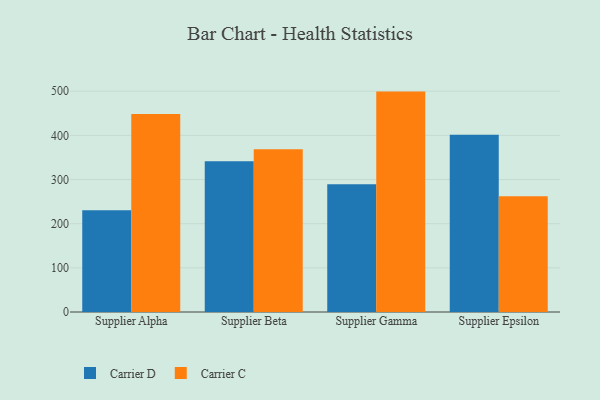
{"axis": {"x": "Supplier", "y": "Demand Index"}, "legend": ["Carrier C", "Carrier D"], "data": [{"x": "Supplier Alpha", "y": 230.4, "type": "Carrier D"}, {"x": "Supplier Alpha", "y": 448.2, "type": "Carrier C"}, {"x": "Supplier Beta", "y": 341.2, "type": "Carrier D"}, {"x": "Supplier Beta", "y": 368.8, "type": "Carrier C"}, {"x": "Supplier Gamma", "y": 289.5, "type": "Carrier D"}, {"x": "Supplier Gamma", "y": 499.1, "type": "Carrier C"}, {"x": "Supplier Epsilon", "y": 401.6, "type": "Carrier D"}, {"x": "Supplier Epsilon", "y": 262.1, "type": "Carrier C"}]}